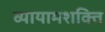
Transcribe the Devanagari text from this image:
व्यायामशक्ति